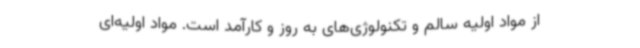
از مواد اولیه سالم و تکنولوژی‌های به روز و کارآمد است. مواد اولیه‌ای